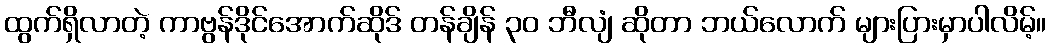
ထွက်ရှိလာတဲ့ ကာဗွန်ဒိုင်အောက်ဆိုဒ် တန်ချိန် ၃၀ ဘီလျံ ဆိုတာ ဘယ်လောက် များပြားမှာပါလိမ့်။